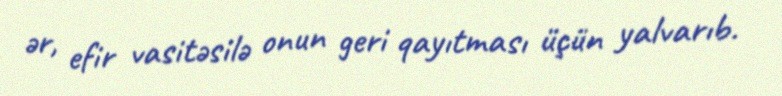
ər, efir vasitəsilə onun geri qayıtması üçün yalvarıb.